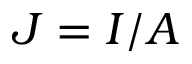
J = I / A